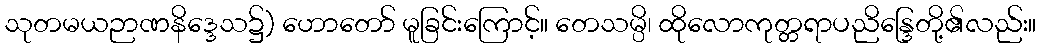
သုတမယဉာဏနိဒ္ဒေသ၌) ဟောတော် မူခြင်းကြောင့်။ တေသမ္ပိ၊ ထိုလောကုတ္တရာပညိန္ဒြေတို့၏လည်း။